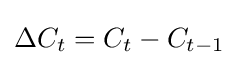
\Delta C_{t}=C_{t}-C_{t-1}